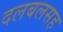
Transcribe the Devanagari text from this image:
दलबलसह